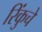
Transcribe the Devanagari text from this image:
रिंकुचे